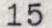
15